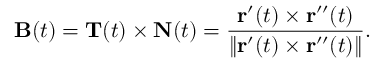
\mathbf { B } ( t ) = \mathbf { T } ( t ) \times \mathbf { N } ( t ) = { \frac { \mathbf { r } ^ { \prime } ( t ) \times \mathbf { r } ^ { \prime \prime } ( t ) } { \| \mathbf { r } ^ { \prime } ( t ) \times \mathbf { r } ^ { \prime \prime } ( t ) \| } } .